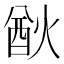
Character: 㷕